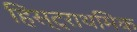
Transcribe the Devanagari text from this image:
हिस्ट्राथमिक